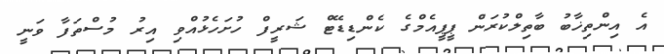
އެ އިންތިޚާބު ބާތިލްކުރަން ޕީޕީއެމްގެ ކެންޑިޑޭޓް ޝަރީފް ހުށަހެޅުއްވި އިރު މުސްތަފާ ވަނީ